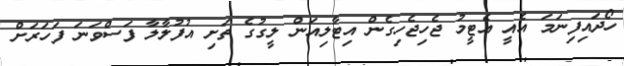
ހޯދައިފިނަމަ އެއީ އެޓީމު ޖެހިޖެހިގެން އިޓާލިއަން ލީގުގެ ތަށި އުފުލާލާ ފަސްވަނަ ފަހަރަށް